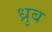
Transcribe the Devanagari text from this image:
ध्रुब